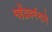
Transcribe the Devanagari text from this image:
महेंद्रवर्मनाने